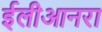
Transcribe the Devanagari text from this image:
ईलीआनरा